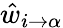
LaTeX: \hat{w}_{i\to\alpha}